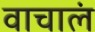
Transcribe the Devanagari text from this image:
वाचालं